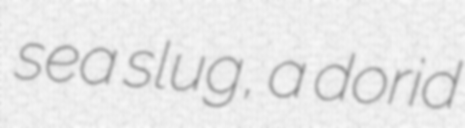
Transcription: sea slug, a dorid